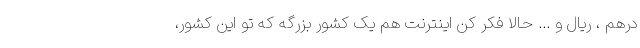
درهم ، ریال و ... حالا فکر کن اینترنت هم یک کشور بزرگه که تو این کشور،